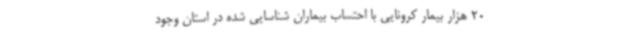
20 هزار بیمار کرونایی با احتساب بیماران شناسایی شده در استان وجود